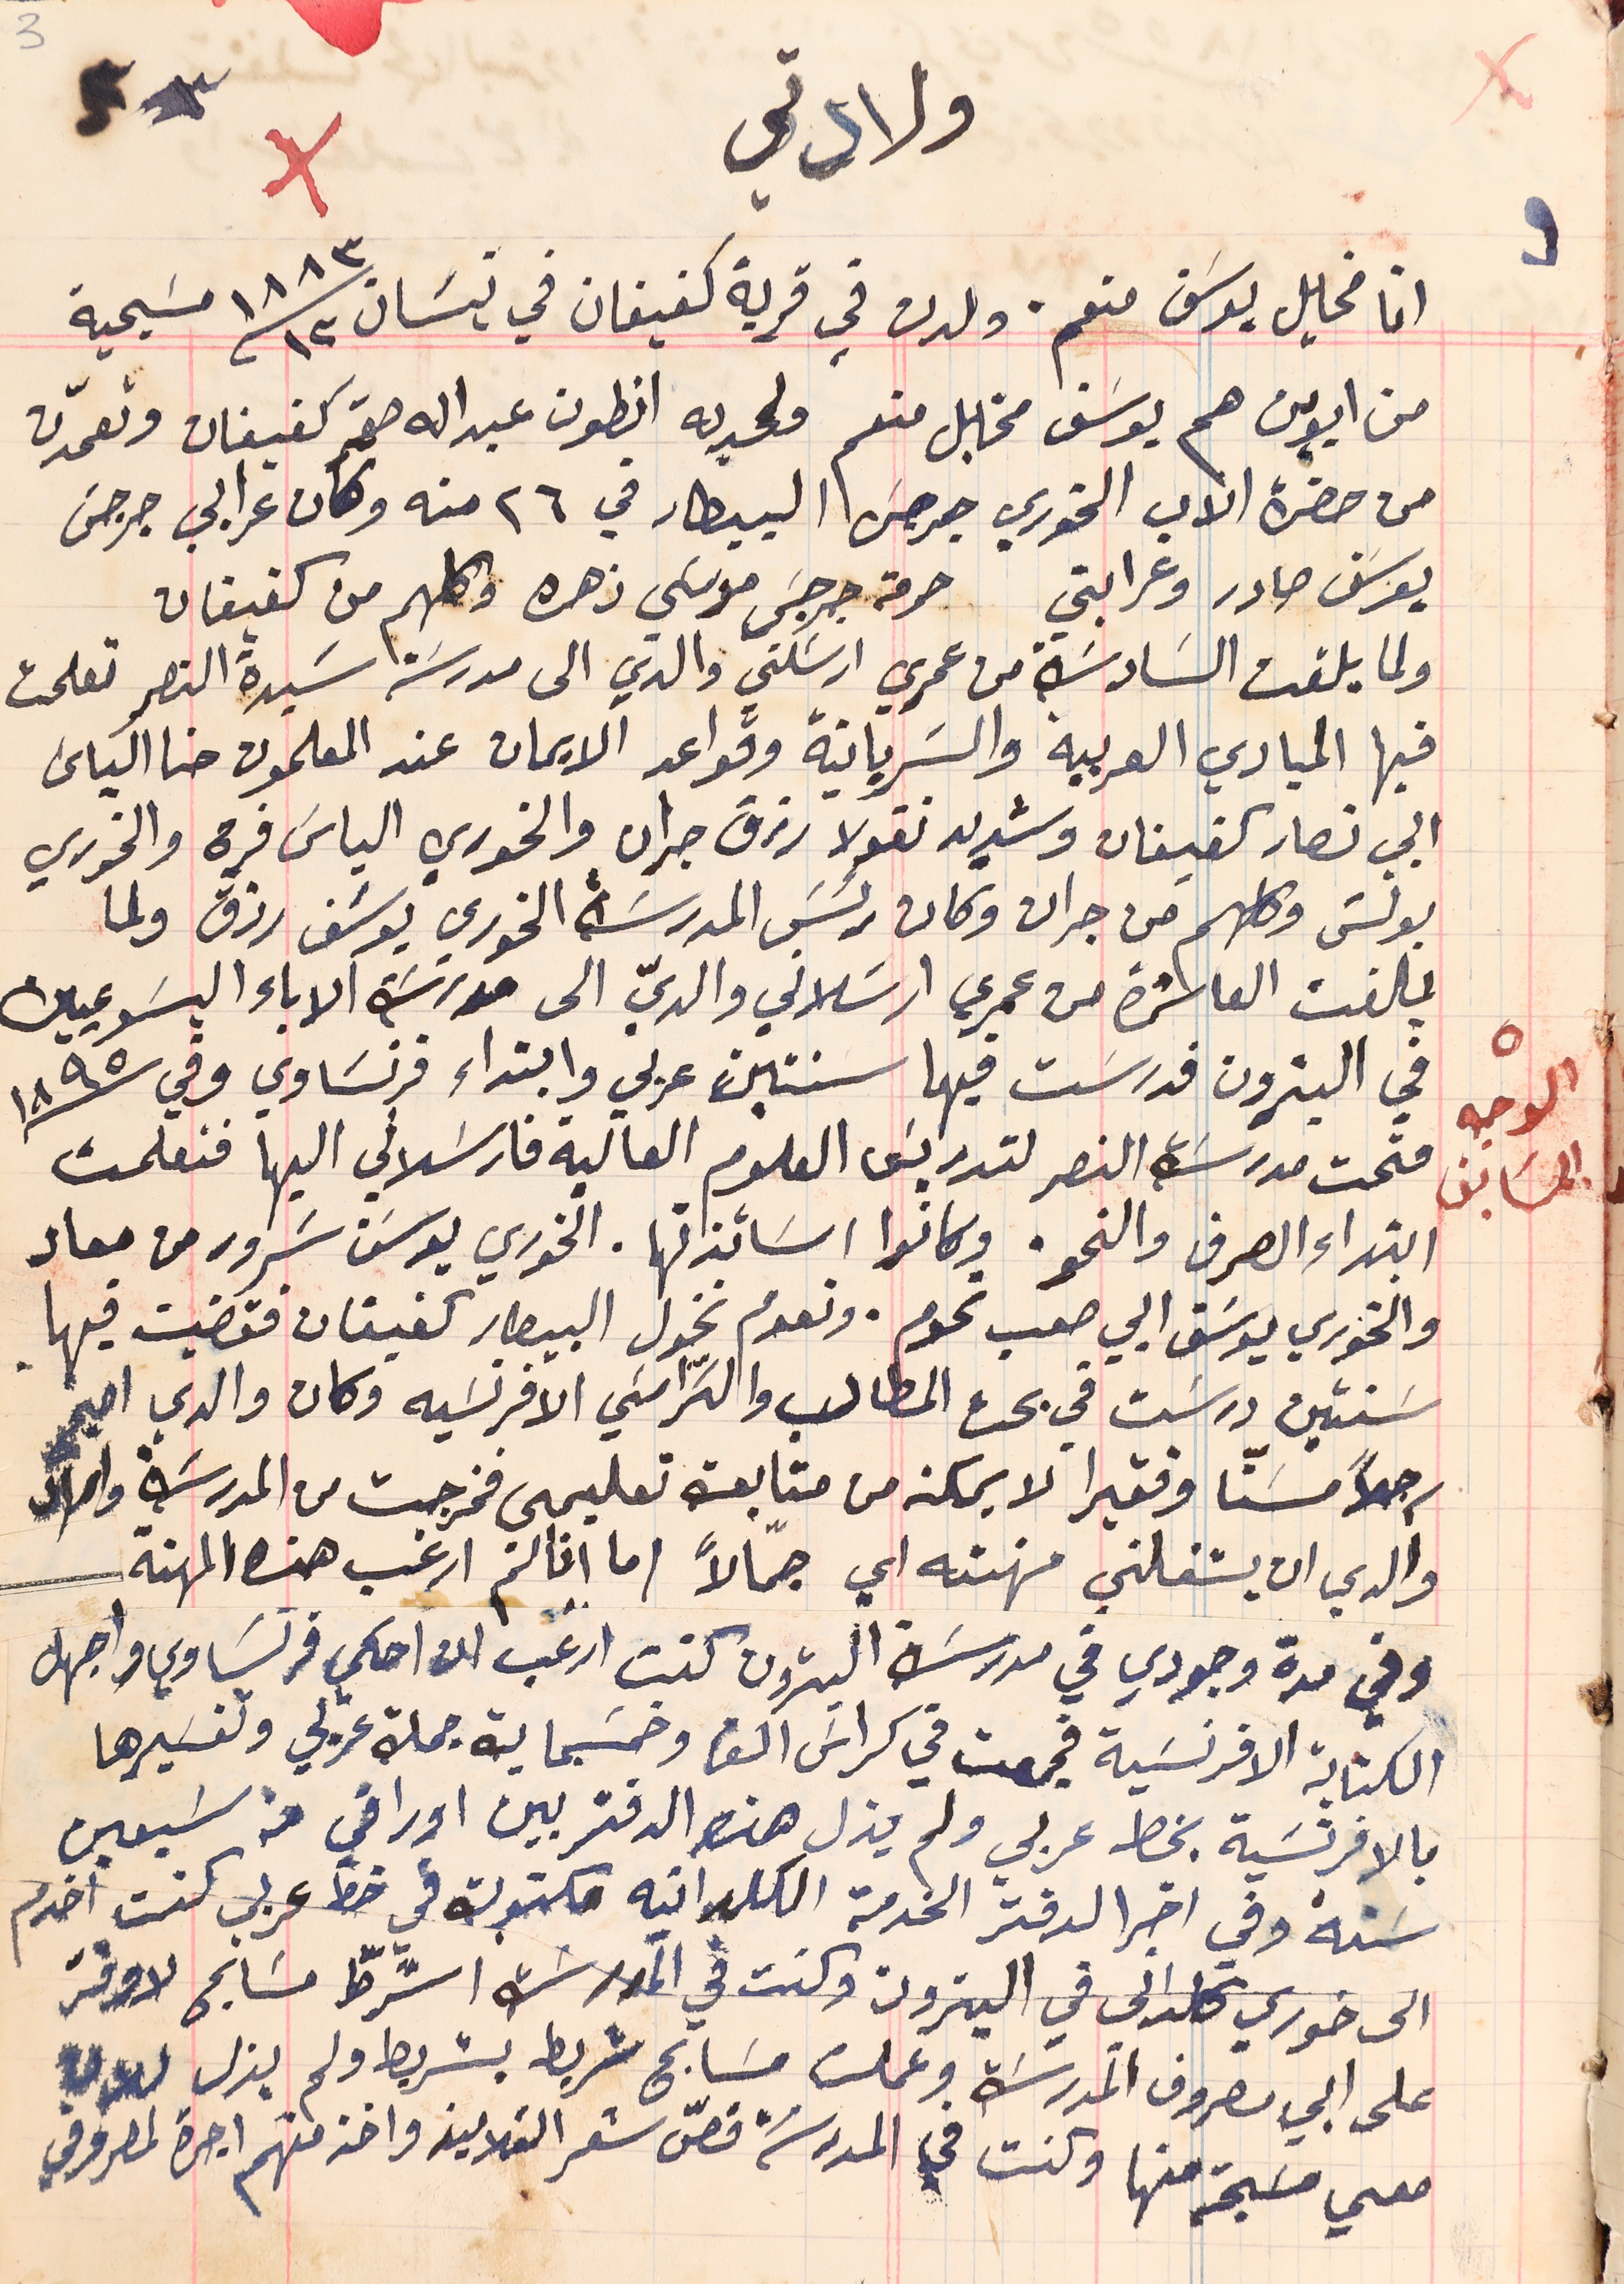
ولادتي
انا مخايل يوسَف منعم. ولدت في قرية كفيفان في نيسَان ١٣ /١٨٨٣ مسَيحية
 من ابوين هما يوسَف مخايل منعم ولحديه انطون عبداله صقر كفيفان وتعمّدت
 من حضرة الاب الخوري جرجسَ البيطار في ٢٦ منه وكان عرابي جرجسَ
يوسَف صادر وعرابتي حرمة جرجسَ موسَي زهره وكلهم من كفيفان
 ولما بلغت السَادسَة من عمري ارسَلني والدي الى مدرسَة سَيدة النصر تعلمت
 فيها المبادي العربية والسَريانية وقواعد الايمان عند المعلمون حنا الياسَ
ابي نصار كفيفان وشديد نقولا رزق جران والخوري الياسَ فرح والخوري
بولسَ وكلهم من جران وكان رئيسَ المدرسَة الخورى يوسَف رزق ولما
 بلغت العاشرة من عمري ارسَلاني والديّ الى مدرسَة الاباء اليسَوعيين
في البترون فدرسَت فيها سنتين عربي وابتداء فرنسَاوي وفي سنة ١٨٩٥
فتحت مدرسَة النصر لتدريسَ العلوم العالية فارسَلاني اليها فتعلمت
ابتداء الصرف والنحو. وكانوا اسَاتذتها. الخوري يوسَف سَرور من معاد
والخوري يوسَف ابي صعب تحوم. ونعوم نخول البيطار كفيفان فقضيت فيها
 سَنتين ورسَبت في بحث المطالب والكراسَي الافرنسَيه وكان والدي اصبح
رجلاً مسناً وفقيرا لا يمكنه من متابعة تعليمي فخرجت من المدرسَة واراد
والدي ان يشغلني مهنته اي جمّالاً اما انا لم ارغب هذه المهنة
وفي مدة وجودي في مدرسَة البترون كنت ارغب ان احكي فرنسَاوي واجهل
الكتابة الافرنسَية فجمعت في كراسَ الف وخمسَماية جملة عربي وتفسَيرها
بالافرنسَية بخط عربي ولم يزل هذه الدفتر بين اوراقي من سَبعين
سَنة وفي اخر الدفتر الخدمة الكلدانيه مكتوبة في خط عربي كنت اخدم
الى خوري كلداني في البترون وكنت في المدرسَه اشرطّ مسَابح لاوفر
على ابي مصروف المدرسَة وعملت مسَابح شريط بشريط ولم يزل لدي
معي مسَبحة منها وكنت في المدرسَة قصّ شعر التلاميذ واخذ منهم اجرة لمصروفي
الوجه السَابق